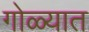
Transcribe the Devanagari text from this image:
गोळ्यात